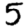
Digit: 5